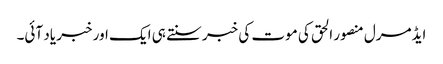
ایڈمرل منصور الحق کی موت کی خبر سنتے ہی ایک اور خبر یاد آئی۔